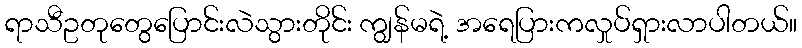
ရာသီဥတုတွေပြောင်းလဲသွားတိုင်း ကျွန်မရဲ့ အရေပြားကလှုပ်ရှားလာပါတယ်။